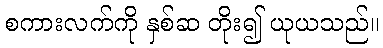
စကားလက်ကို နှစ်ဆ တိုး၍ ယုယသည်။